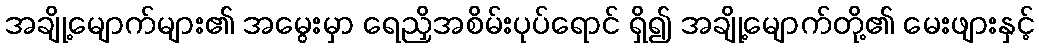
အချို့မျောက်များ၏ အမွေးမှာ ရေညှိအစိမ်းပုပ်ရောင် ရှိ၍ အချို့မျောက်တို့၏ မေးဖျားနှင့်